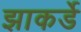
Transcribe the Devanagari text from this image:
झाकर्डे